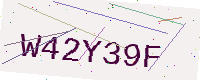
Text: W42Y39F